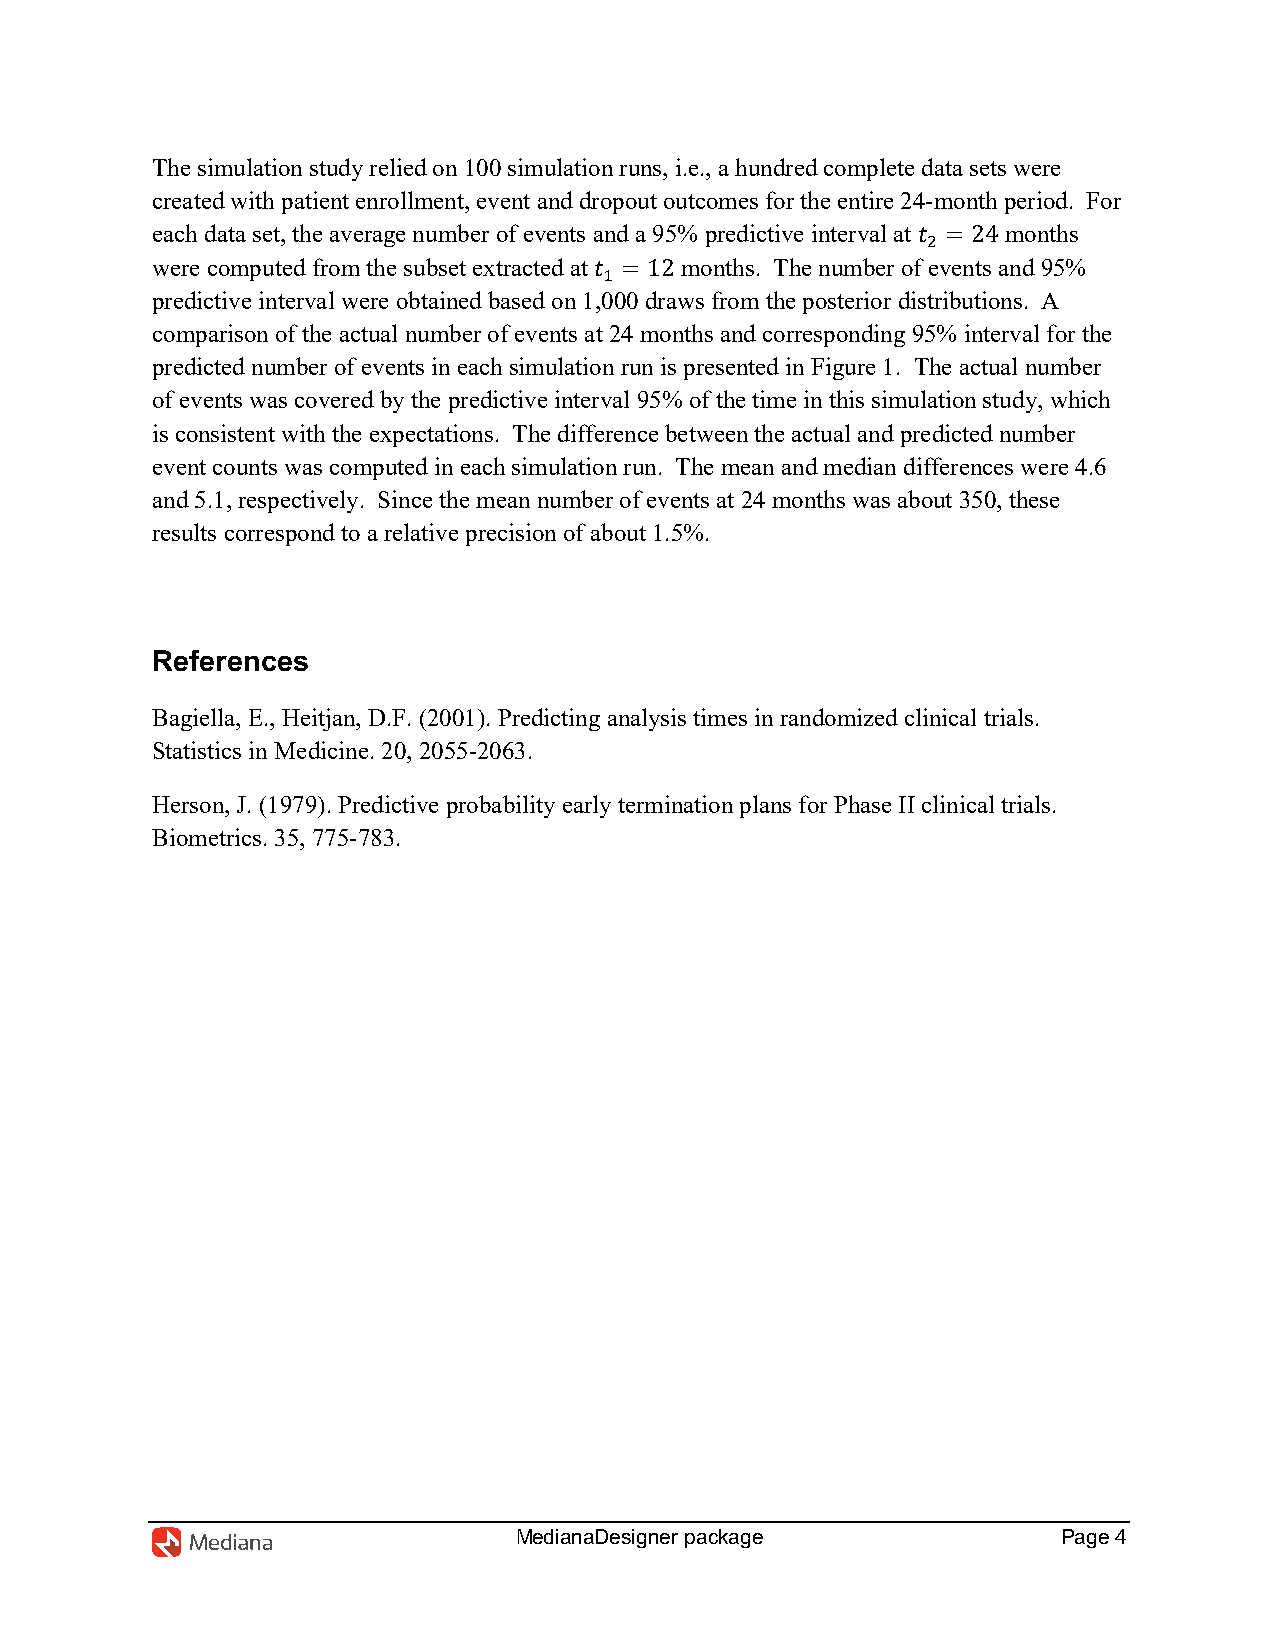
The simulation study relied on 100 simulation runs, i.e., a hundred complete data sets were
 created with patient enrollment, event and dropout outcomes for the entire 24-month period. For
 each data set, the average number of events and a 95% predictive interval at 𝑡 = 24 months
 "
 were computed from the subset extracted at 𝑡 = 12 months. The number of events and 95%
 !
 predictive interval were obtained based on 1,000 draws from the posterior distributions. A
 comparison of the actual number of events at 24 months and corresponding 95% interval for the
 predicted number of events in each simulation run is presented in Figure 1. The actual number
 of events was covered by the predictive interval 95% of the time in this simulation study, which
 is consistent with the expectations. The difference between the actual and predicted number
 event counts was computed in each simulation run. The mean and median differences were 4.6
 and 5.1, respectively. Since the mean number of events at 24 months was about 350, these
 results correspond to a relative precision of about 1.5%.
 References
 Bagiella, E., Heitjan, D.F. (2001). Predicting analysis times in randomized clinical trials.
 Statistics in Medicine. 20, 2055-2063.
 Herson, J. (1979). Predictive probability early termination plans for Phase II clinical trials.
 Biometrics. 35, 775-783.
 MedianaDesigner package             Page 4